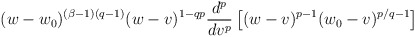
\begin{align*}(w-w_0)^{(\beta-1)(q-1)} (w-v)^{1-qp} \frac{d^p}{dv^p} \left[(w-v)^{p-1} (w_0-v)^{p/q-1}\right]\end{align*}